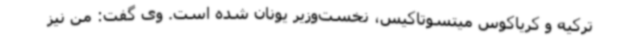
ترکیه و کریاکوس میتسوتاکیس، نخست‌وزیر یونان شده است. وی گفت: من نیز